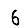
Digit: 6